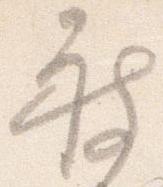
被